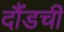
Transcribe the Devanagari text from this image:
दौंडची